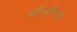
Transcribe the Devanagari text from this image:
वरिऔस्ल्य